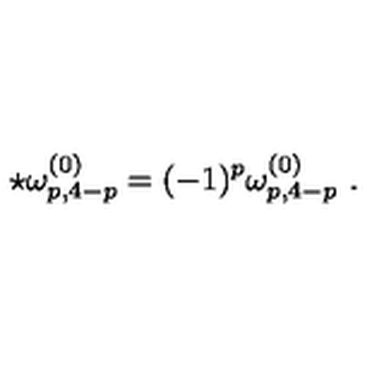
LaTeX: \star \omega _ { p , 4 - p } ^ { ( 0 ) } = ( - 1 ) ^ { p } \omega _ { p , 4 - p } ^ { ( 0 ) } \ .